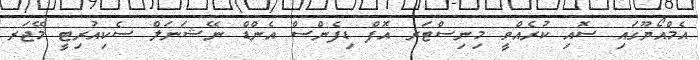
އެމްއޯޔޫގައި ސޮއި ކުރެއްވީ މިނިސްޓަރ އޮފް ޑިފެންސް އެންޑް ނޭޝަނަލް ސެކިއުރިޓީ މޭޖަރ